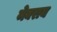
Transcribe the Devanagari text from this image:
मेघराय